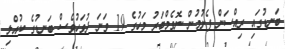
ބަނޑުގައި ރިއްސަން ފެށުމުން ނޮވެމްބަރު މަހުގެ 19 ވަނަ ދުވަހުވެސް ބަނޑުގެ ކުއްލި